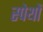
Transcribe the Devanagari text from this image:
स्पेथों